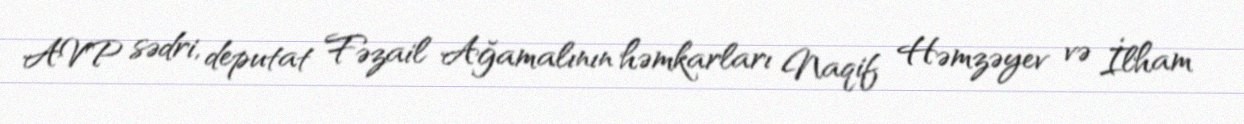
AVP sədri, deputat Fəzail Ağamalının həmkarları Naqif Həmzəyev və İlham